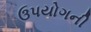
ઉપયોગની